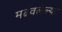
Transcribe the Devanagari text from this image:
मढवलेल्या